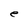
Character: e